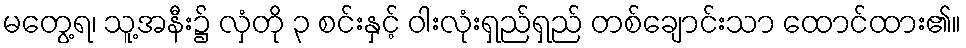
မတွေ့ရ၊ သူ့အနီး၌ လှံတို ၃ စင်းနှင့် ဝါးလုံးရှည်ရှည် တစ်ချောင်းသာ ထောင်ထား၏။